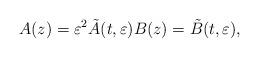
LaTeX: \begin{align*}A(z)=\varepsilon^2 \tilde A(t,\varepsilon)B(z)=\tilde{B}(t,\varepsilon),\end{align*}